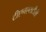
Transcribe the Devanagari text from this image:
टीएनएसटीसी